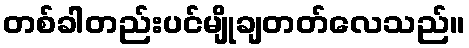
တစ်ခါတည်းပင်မျိုချတတ်လေသည်။